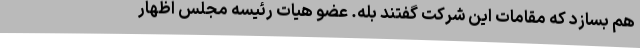
هم بسازد که مقامات این شرکت گفتند بله. عضو هیات‌ رئیسه مجلس اظهار